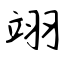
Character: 翊